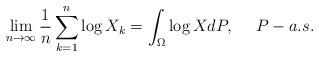
LaTeX: \begin{align*}\lim\limits_{n \to \infty}\dfrac{1}{n}\sum_{k=1}^n\log X_k = \int_{\Omega}\log X dP,\ \ \ \ P-a.s.\end{align*}